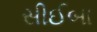
સીઈબા